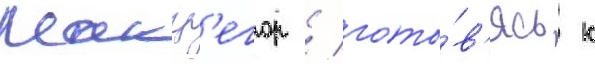
Макгр'егор / гото́в'ясь к